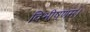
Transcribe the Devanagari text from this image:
विभीषणम।